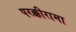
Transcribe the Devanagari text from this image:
परक्कीरामा